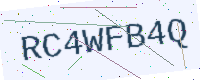
Text: RC4WFB4Q